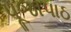
પૂજાપાઠ